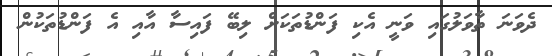
ދެވަނަ ތާވަލުގައި ވަނީ އެކި ފަންޑުތަކަށް ލިބޭ ފައިސާ އާއި އެ ފަންޑުތަކުން